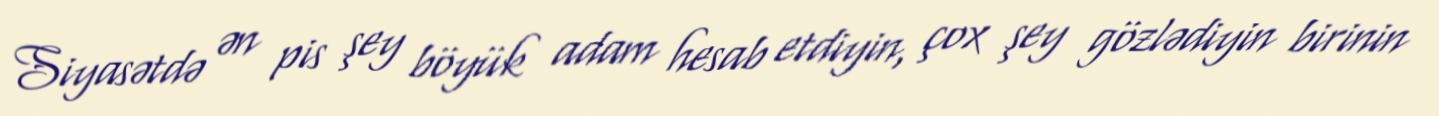
Siyasətdə ən pis şey böyük adam hesab etdiyin, çox şey gözlədiyin birinin